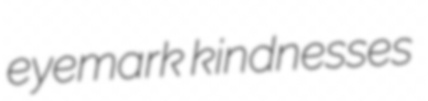
eyemark kindnesses